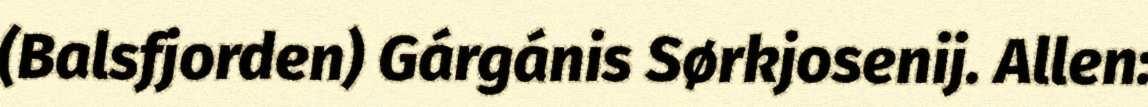
(Balsfjorden) Gárgánis Sørkjosenij. Allen: